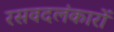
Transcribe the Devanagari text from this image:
रसवदलंकारों